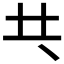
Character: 𠀖